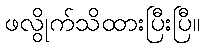
ဖလွိုက်သိထားပြီးပြီ။